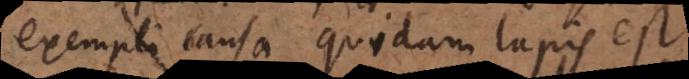
Exempli causa quidam lapis est